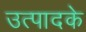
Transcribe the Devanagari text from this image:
उत्पादके